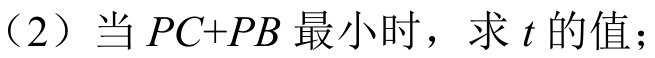
（2）当 \(PC + PB\) 最小时，求 \(t\) 的值；